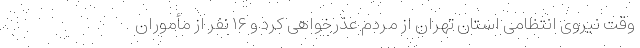
وقت نیروی انتظامی استان تهران از مردم عذرخواهی کرد و ۱۶ نفر از مأموران